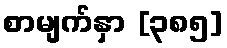
စာမျက်နှာ [၃၈၅]